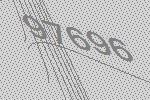
97696